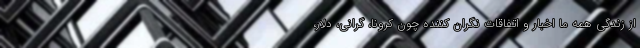
از زندگی همه ما اخبار و اتفاقات نگران کننده چون کرونا، گرانی، دلار،